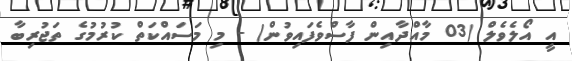
އީ އޯލެވެލް (03 މާއްދާއިން ފާސްވެފައިވުން) - މި މަސައްކަތް ކުރުމުގެ ތަޖުރިބާ